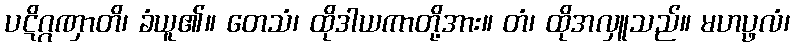
ပဋိဂ္ဂဏှာတိ၊ ခံယူ၏။ တေသံ၊ ထိုဒါယကာတို့အား။ တံ၊ ထိုအလှူသည်။ မဟပ္ဖလံ၊